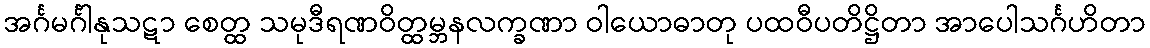
အင်္ဂမင်္ဂါနုသဋာ စေတ္ထ သမုဒီရဏဝိတ္ထမ္ဘနလက္ခဏာ ဝါယောဓာတု ပထဝီပတိဋ္ဌိတာ အာပေါသင်္ဂဟိတာ